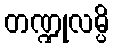
တဏ္ဍုလမ္ပိ